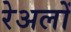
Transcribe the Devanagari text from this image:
रेअलों